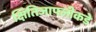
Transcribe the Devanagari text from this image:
क्षितिजापलीकडे